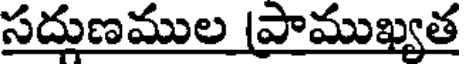
సద్గుణముల (పాముఖ్యత